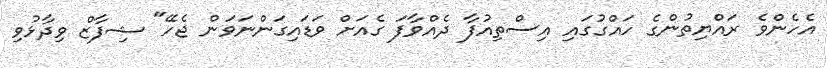
އެހެންވެ ރައްޔިތުންގެ ހައްގުގައި އިސްތިއުފާ ދެއްވާފަ ގެއަށް ވަޑައިގަންނަވަން ޖެހޭ" ޝިފާޒް ވިދާޅުވި